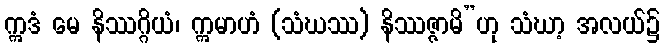
ဣဒံ မေ နိဿဂ္ဂိယံ၊ ဣမာဟံ (သံဃဿ) နိဿဇ္ဇာမိ”ဟု သံဃာ့ အလယ်၌